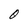
Character: O